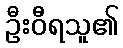
ဦးဝီရသူ၏